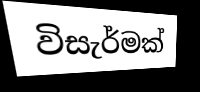
විසැර්මක්